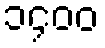
၁၄၀၀